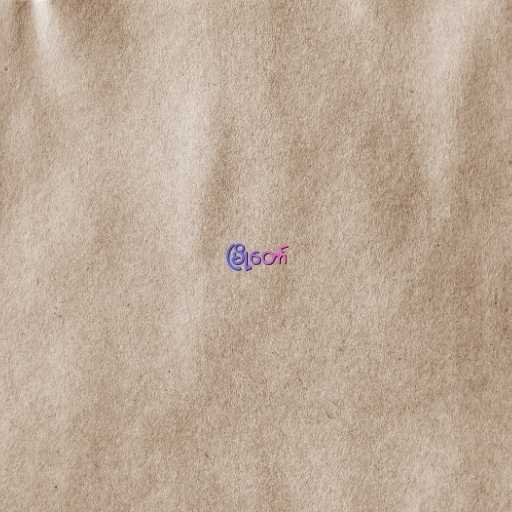
မြို့တော်